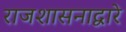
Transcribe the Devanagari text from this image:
राजशासनाद्वारे